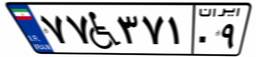
۷۷W۳۷۱۰۹